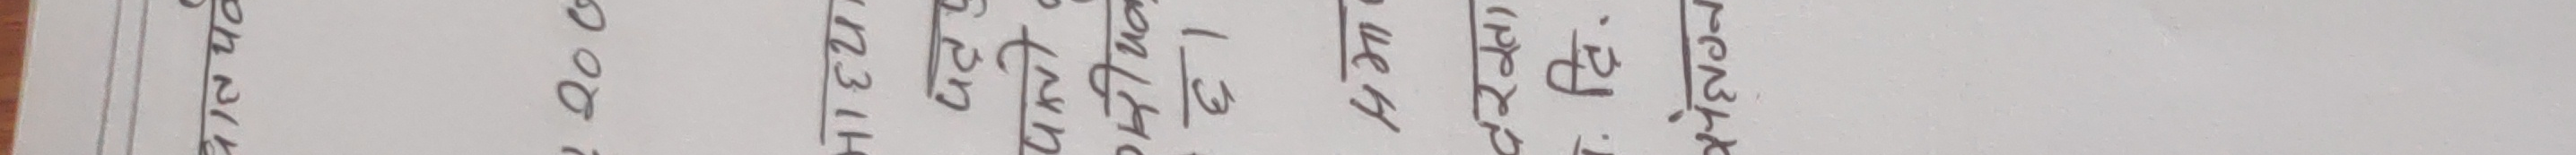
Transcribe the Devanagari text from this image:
SM.No. १२ मा ४०० केहि ३/१४८ फूटेर मेरो घरको पल्लो दाऊ